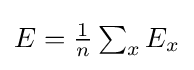
{\textstyle E={\frac {1}{n}}\sum _{x}E_{x}}